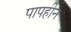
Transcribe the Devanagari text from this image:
पापहीन